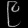
Digit: ၉